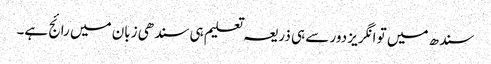
سندھ میں تو انگریز دور سے ہی ذریعہ تعلیم ہی سندھی زبان میں رائج ہے۔